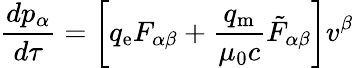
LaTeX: {\frac{dp_{\alpha}}{d\tau}}=\left[q_{\mathrm{e}}F_{\alpha\beta}+{\frac{q_{\mathrm{m}}}{\mu_{0}c}}{{\tilde{F}}_{\alpha\beta}}\right]v^{\beta}